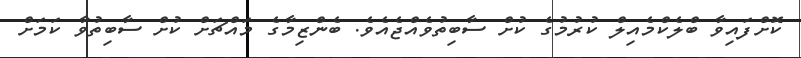
ކޮށްފައިވާ ބްލެކްމެއިލް ކުރުމުގެ ކުށް ސާބިތުވެއްޖެއެވެ. ބެންޒިމާގެ މައްޗަށް ކުށް ސާބިތުވާ ކަމަށް